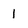
Character: 1